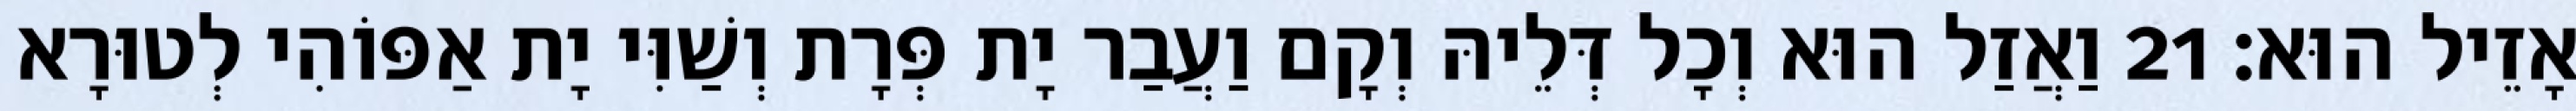
אָזֵיל הוּא׃ 21 וַאֲזַל הוּא וְכָל דְּלֵיהּ וְקָם וַעֲבַר יָת פְּרָת וְשַׁוִּי יָת אַפּוֹהִי לְטוּרָא